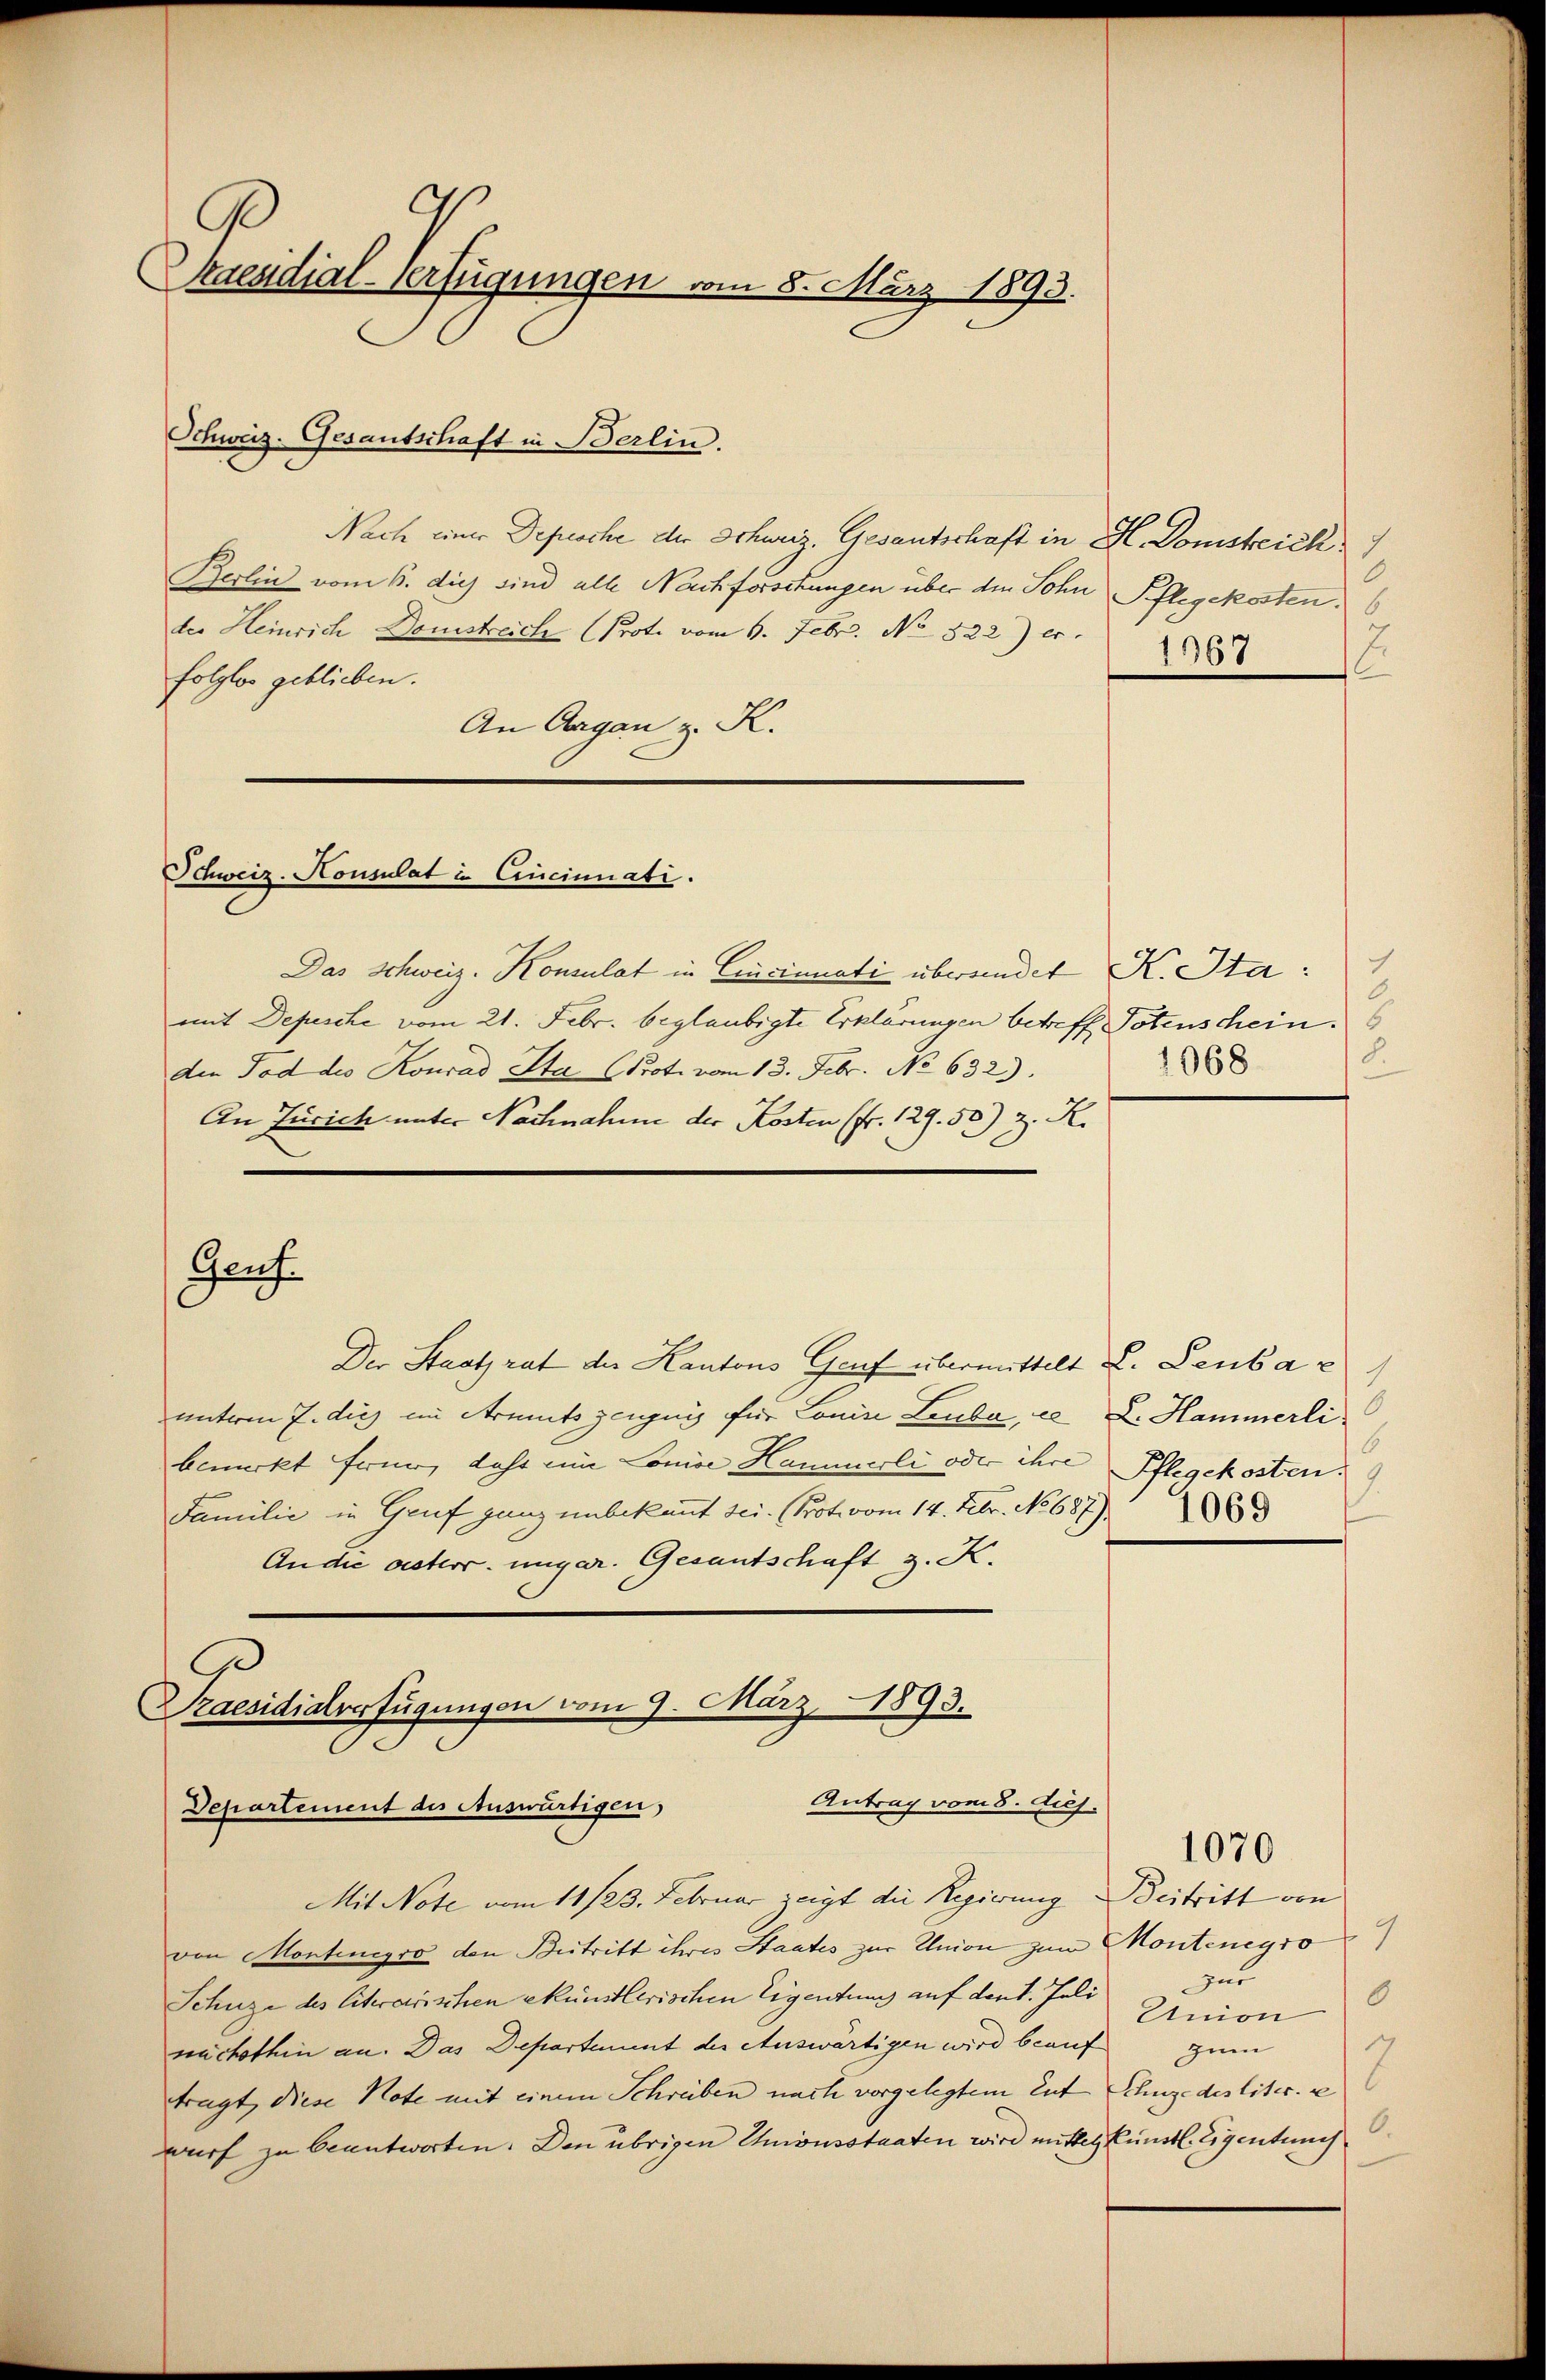
Praesidial-Verfügungen vom 8. März 1893.
Schweiz. Gesantschaft in Berlin.

Nach einer Depesche der Schweiz. Gesantschaft in H. Domstreich
Berlin vom 6. dies sind alle Nachforschungen über den Sohn Pflegekosten.
des Heinrich Domstreich (Prote vom 6. Febr. No 822) er
folglos geblieben.
An Argau v. K.

Schweiz. Konsulat in Cincinnati.

Das Schweiz. Konsulat in Cincinati übersendet K. Stamit Depesche vom 21. Febr. beglaubigte Erklärungen betreff Totenschein.
den Tod des Konrad Sta (Prot. vom 13. Febr. No 632).
An Zürich unter Nachnahme der Kosten (Fr. 129. 50) z. R.
Der Staatsrat der Kantons Gruf übermittelt L. Leuba
unterm 7. dies im Armutszeugnis für Louise Leube, ce d. Hammerli
bemerkt feuer, kehr eine Louise Kammerli oder ihre Pflegekosten.
Familie in Gruf ganz unbekannt sei. (Prot. vom 14. Febr. No 687)
Andre asterr. ungar. Gesantschaft z. K.

Gaus

Antrag vom 8. Aus
Departement des Auswürtigen,

Praesidialverfügungen vom 9. März 1893.

19678.

Mit Note vom 11/23. Februar zeigt die Regierung Beitritt von
von Montinegro den Beitritt ihres Staates zur Union zum Montenegro
Schüze des literarischen künstlerischen Eigentum auf dent. Juli
nächsthin an. Das Departement der Auswärtigen wird beauf
tragt, diese Note mit einem Schreiben nach vorgelegtem Ent Schuze destiter.
wurf zu beantworten. Den übrigen Unionsstaaten wird mittel künstl. Eigentun

c
6
8.
1068

1
6
1069

1070

zu
6
Union
zum
6.